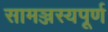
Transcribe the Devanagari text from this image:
सामञ्जस्यपूर्ण